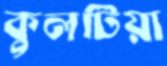
কুলটিয়া